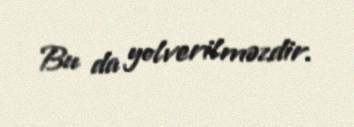
Bu da yolverilməzdir.